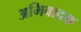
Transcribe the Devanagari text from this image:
अभिवादक